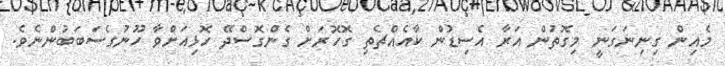
މެއިން ގިނިނަގަނީ މިގޮތުން އަރާ އެސިޑުން ކާއެއްޗެތި ގޮހޮރަށް ގެންގޮސްދޭ ހޮޅިއަށްވާ ހޫނުގެސަބަބުންނެވެ.